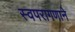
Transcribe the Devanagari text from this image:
स्वपरागणाने